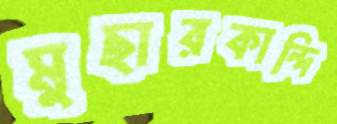
মুছারকান্দি